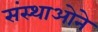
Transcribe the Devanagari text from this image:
संस्थाओने